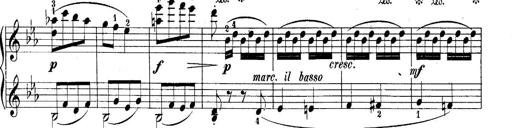
Title: 10 Sonatines progressives
Composer: Anton Schmoll